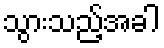
သွားသည့်အခါ